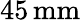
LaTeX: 45\, \mathrm{mm}